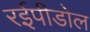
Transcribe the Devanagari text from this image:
रईपीडोल